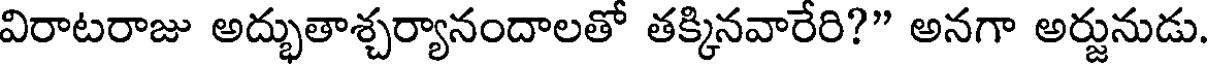
విరాటరాజు అద్భుతాశ్చర్యానందాలతో తక్కినవారేరి?" అనగా అర్జునుడు.